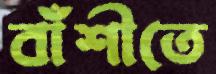
বাঁশীতে